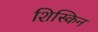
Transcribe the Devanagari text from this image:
शिस्किन